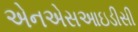
એનએસઆઇડીસી